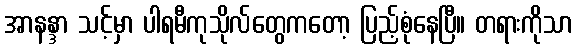
အာနန္ဒာ သင့်မှာ ပါရမီကုသိုလ်တွေကတော့ ပြည့်စုံနေပြီ။ တရားကိုသာ